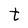
Character: t